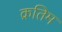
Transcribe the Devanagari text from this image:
क्रतिम